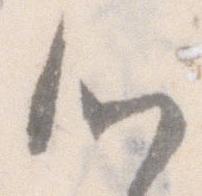
心